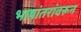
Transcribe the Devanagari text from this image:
भाषांतरांवरून